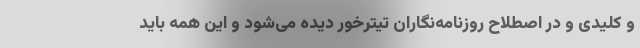
و کلیدی و در اصطلاح روزنامه‌نگاران تیترخور دیده می‌شود و این همه باید